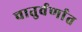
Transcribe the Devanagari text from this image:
चातुर्वर्णात